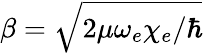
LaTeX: \beta=\sqrt{2\mu\omega_{e}\chi_{e}/\hbar}